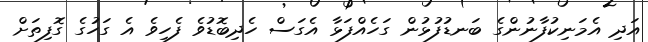
އަދި އެމަނިކުފާނުންގެ ބަނޑުފުޅުން ގަހެއްފަޅާ އެގަސް ހެދިބޮޑުވެ ފެހިވެ އެ ގަހުގެ ގޮފިތަށް